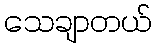
သေချာတယ်